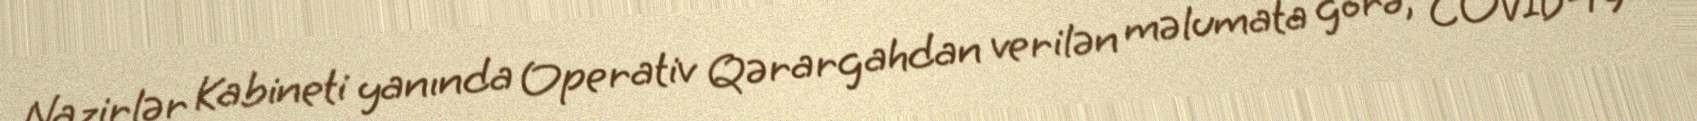
Nazirlər Kabineti yanında Operativ Qərargahdan verilən məlumata görə, COVID-19